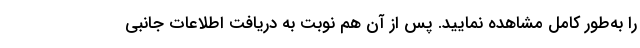
را به‌طور کامل مشاهده نمایید. پس از آن هم نوبت به دریافت اطلاعات جانبی